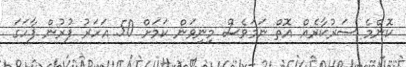
ކޮންމެ ސަރުކާރެއް އޮތް ނަމަވެސް މިނިވަން ކަމަށް 50 އަހަރު ފުރުން ފާހަގަ